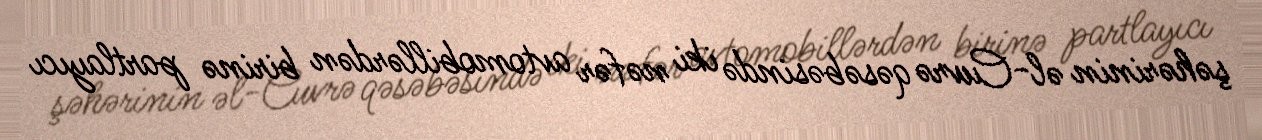
şəhərinin əl-Cuvrə qəsəbəsində iki nəfər avtomobillərdən birinə partlayıcı